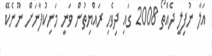
އަލާ ނުފިލީ ދެއްތޯ 2008 ގައި ދިވެހި ރައްޔިތުން ވަނީ މަނިކުފާނަށް ނޫނެކޭ